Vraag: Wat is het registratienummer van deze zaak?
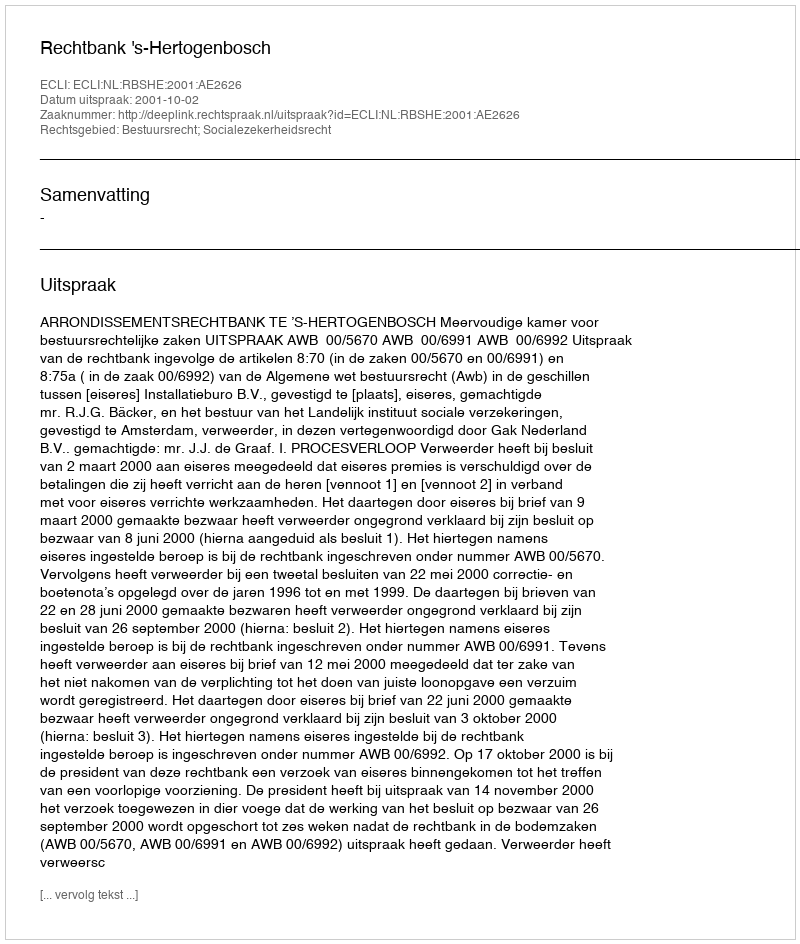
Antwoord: http://deeplink.rechtspraak.nl/uitspraak?id=ECLI:NL:RBSHE:2001:AE2626